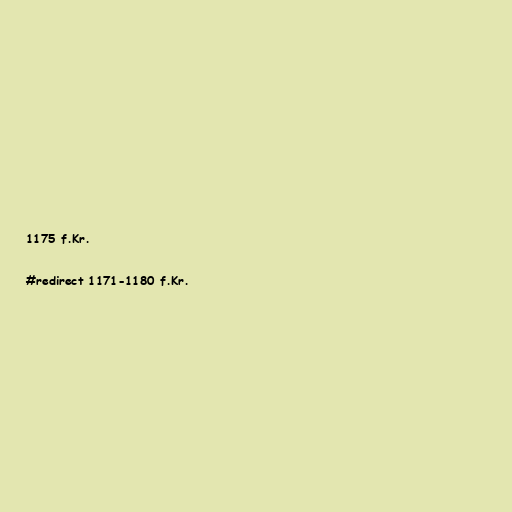
1175 f.Kr.

#redirect 1171-1180 f.Kr.